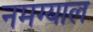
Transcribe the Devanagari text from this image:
नमग्याल